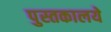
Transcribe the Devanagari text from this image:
पुस्तकालये